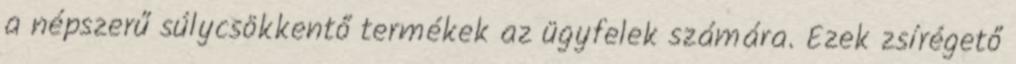
a népszerű súlycsökkentő termékek az ügyfelek számára. Ezek zsírégető